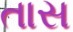
તાસ